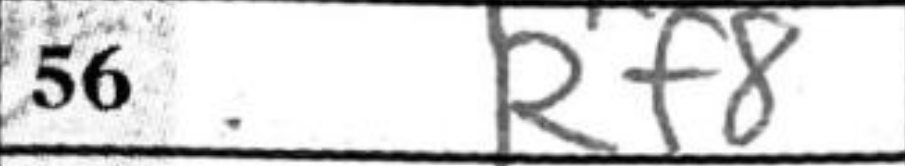
Transcription: Rf8